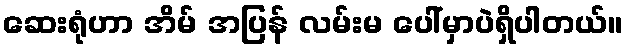
ဆေးရုံဟာ အိမ် အပြန် လမ်းမ ပေါ်မှာပဲရှိပါတယ်။